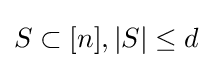
S\subset [n],|S|\leq d